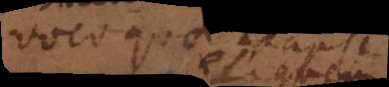
voco quae reapse